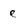
Character: e